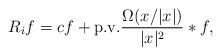
\begin{align*}R_if=cf+\mbox{p.v.}\frac{\Omega(x/|x|)}{|x|^2}*f,\end{align*}